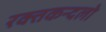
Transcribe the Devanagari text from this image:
रक्तकन्दलो